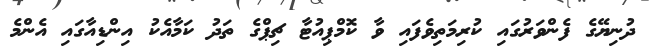
ދުނިޔޭގެ ފެންވަރުގައި ކުރިމަތިވެފައި ވާ ކޮމްޕިއުޓާ ޗިޕްގެ ތަދު ކަމާއެކު އިންޑިއާގައި އެންމެ